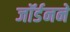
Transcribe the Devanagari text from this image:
जॉर्डनने